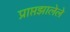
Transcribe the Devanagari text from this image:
प्राप्तझालेले